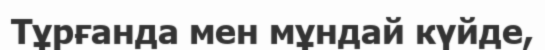
Тұрғанда мен мұндай күйде,